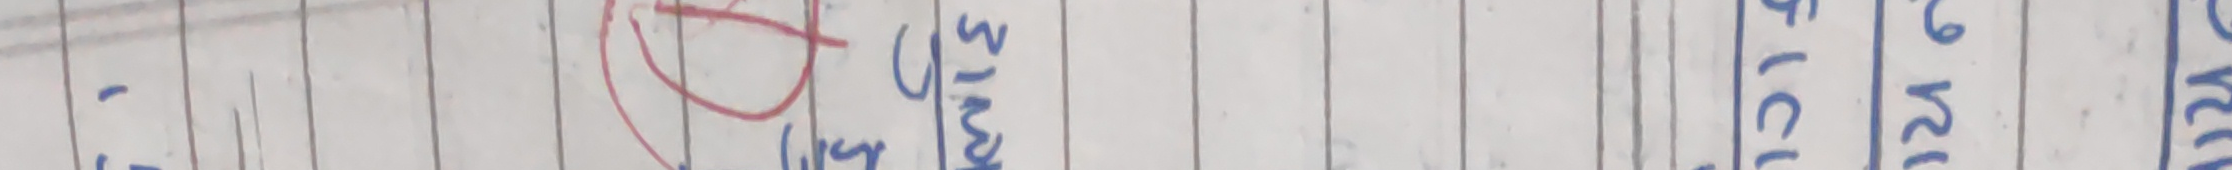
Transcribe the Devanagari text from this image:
मसिङ डि२४६ छट्टट्ट